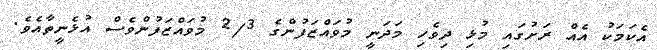
އެކަމަކު އެއް ރަށުގައި މުޅި ދިވެހި މަދަނީ މުވައްޒަފުންގެ 2/3 މުވައްޒަފުންވެސް އުޅެނީތާއެވެ.